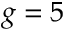
g = 5